Vaccination in Burma 1920-1933 - 1920-1933
Year: 1920
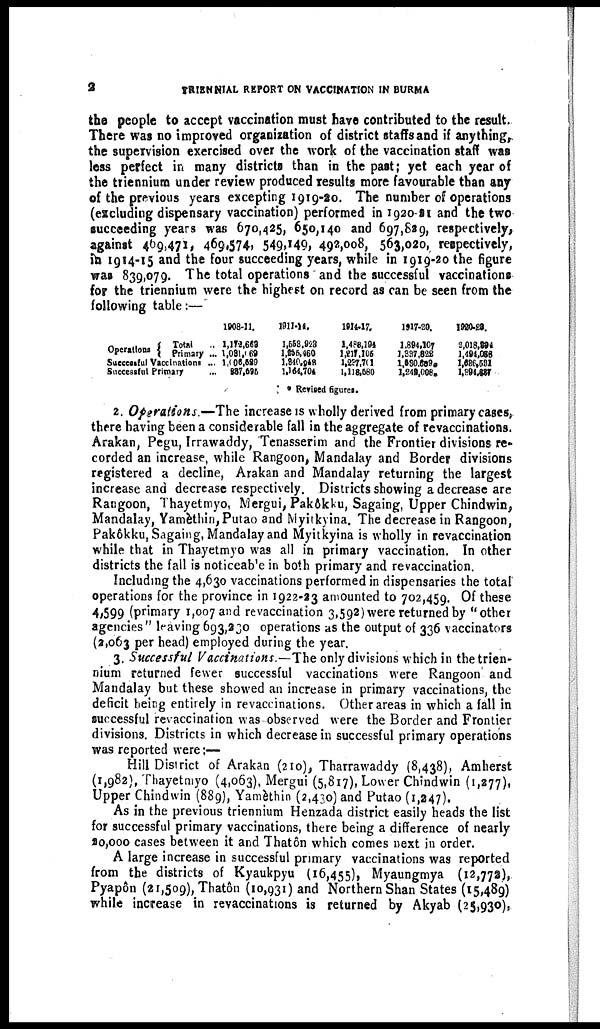
2
TRIENNIAL REPORT ON VACCINATION IN BURMA
the people to accept vaccination must have contributed to the result.
There was no improved organization of district staffs and if anything,
the supervision exercised over the work of the vaccination staff was
less perfect in many districts than in the past; yet each year of
the triennium under review produced results more favourable than any
of the previous years excepting 1919-20. The number of operations
(excluding dispensary vaccination) performed in 1920-21 and the two
succeeding years was 670,425, 650,140 and 697,829, respectively,
against 469,471, 469,574, 549,149, 492,008, 563,020, respectively,
in 1914-15 and the four succeeding years, while in 1919-20 the figure
was 839,079. The total operations and the successful vaccinations
for the triennium were the highest on record as can be seen from the
following table:—
Operations
Total ...
Primary ...
Successful Vaccinations...
Successful Primary ...
1908-11.
1,172,663
1,031,069
1,005,689
937,695
1911-14.
1,553,923
1,255,460
1,340,948
1,154,704
1914-17.
1,488,194
1,217,105
1,237,701
1,118,580
1917-20.
1,894,107
1,337,522
1,130,659*
1,242,008*
1920-23.
2,018,394
1,494,068
1,636,531
1,894,637
* Revised figures.
2. Operations.—The increase is wholly derived from primary cases,
there having been a considerable fall in the aggregate of revaccinations.
Arakan, Pegu, Irrawaddy, Tenasserim and the Frontier divisions re-
corded an increase, while Rangoon, Mandalay and Border divisions
registered a decline, Arakan and Mandalay returning the largest
increase and decrease respectively. Districts showing a decrease are
Rangoon, Thayetmyo, Mergui, Pakôkku, Sagaing, Upper Chindwin,
Mandalay, Yamèthin,Putao and Myitkyina. The decrease in Rangoon,
Pakôkku, Sagaing, Mandalay and Myitkyina is wholly in revaccination
while that in Thayetmyo was all in primary vaccination. In other
districts the fall is noticeable in both primary and revaccination.
Including the 4,630 vaccinations performed in dispensaries the total'
operations for the province in 1922-23 amounted to 702,459. Of these
4,599 (primary 1,007 and revaccination 3,592) were returned by "other
agencies " leaving 693,230 operations as the output of 336 vaccinators
(2,063 per head) employed during the year.
3. Successful Vaccinations.—The only divisions which in the trien-
nium returned fewer successful vaccinations were Rangoon and
Mandalay but these showed an increase in primary vaccinations, the
deficit being entirely in revaccinations. Other areas in which a fall in
successful revaccination was observed were the Border and Frontier
divisions. Districts in which decrease in successful primary operations
was reported were:—
Hill District of Arakan (210), Tharrawaddy (8,438), Amherst
(1,982), Thayetmyo (4,063), Mergui (5,817), Lower Chindwin (1,277),
Upper Chindwin (889), Yamèthin (2,430) and Putao (1,247).
As in the previous triennium Henzada district easily heads the list
for successful primary vaccinations, there being a difference of nearly
20,000 cases between it and Thatôn which comes next in order.
A large increase in successful primary vaccinations was reported
from the districts of Kyaukpyu (16,455), Myaungmya (12,772),
Pyapôn (21,509), Thatôn (10,931) and Northern Shan States (15,489)
while increase in revaccinations is returned by Akyab (25,930),